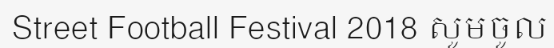
Street Football Festival 2018 សូមចូល